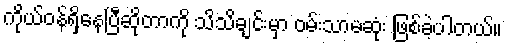
ကိုယ်ဝန်ရှိနေပြီဆိုတာကို သိသိချင်းမှာ ဝမ်းသာမဆုံး ဖြစ်ခဲ့ပါတယ်။